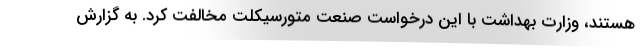
هستند، وزارت بهداشت با این درخواست صنعت متورسیکلت مخالفت کرد. به گزارش